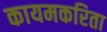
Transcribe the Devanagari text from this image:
कायमकरिता